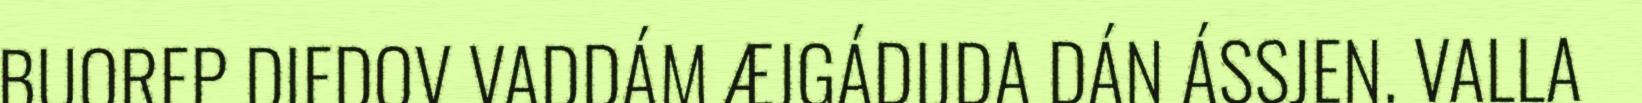
BUOREP DIEDOV VADDÁM ÆJGÁDIJDA DÁN ÁSSJEN. VALLA